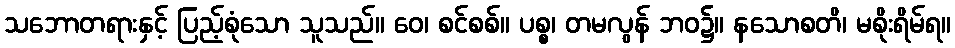
သဘောတရားနှင့် ပြည့်စုံသော သူသည်။ ဝေ၊ စင်စစ်။ ပစ္စ၊ တမလွန် ဘဝ၌။ နသောစတိ၊ မစိုးရိမ်ရ။